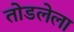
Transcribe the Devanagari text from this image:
तोडलेला